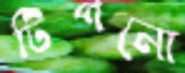
টিপনো